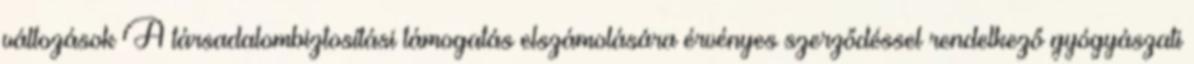
változások A társadalombiztosítási támogatás elszámolására érvényes szerződéssel rendelkező gyógyászati